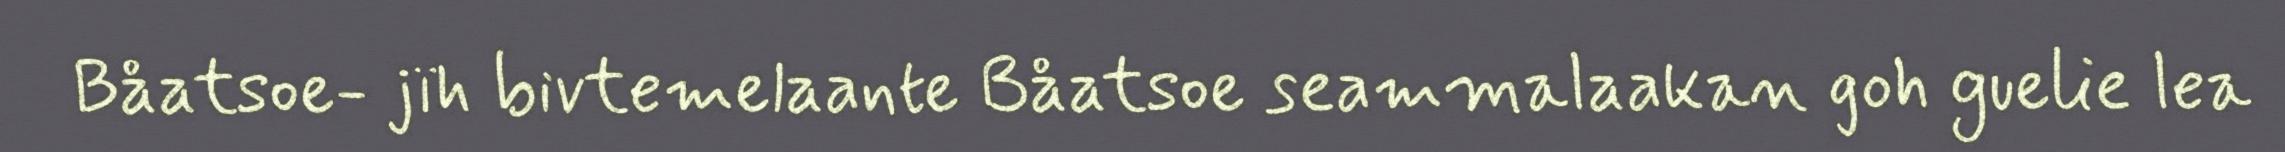
Båatsoe- jïh bivtemelaante Båatsoe seammalaakan goh guelie lea